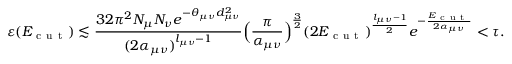
\varepsilon ( E _ { \mathrm { ~ c ~ u ~ t ~ } } ) \lesssim \frac { 3 2 \pi ^ { 2 } N _ { \mu } N _ { \nu } e ^ { - \theta _ { \mu \nu } d _ { \mu \nu } ^ { 2 } } } { ( 2 \alpha _ { \mu \nu } ) ^ { l _ { \mu \nu } - 1 } } \Big ( \frac { \pi } { \alpha _ { \mu \nu } } \Big ) ^ { \frac { 3 } { 2 } } ( 2 E _ { \mathrm { ~ c ~ u ~ t ~ } } ) ^ { \frac { l _ { \mu \nu } - 1 } { 2 } } e ^ { - \frac { E _ { \mathrm { ~ c ~ u ~ t ~ } } } { 2 \alpha _ { \mu \nu } } } < \tau .